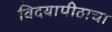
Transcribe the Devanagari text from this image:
विदयापीठाचा